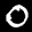
Label: 0